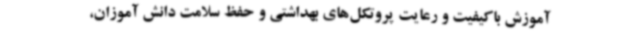
آموزش باکیفیت و رعایت پروتکل‌های بهداشتی و حفظ سلامت دانش آموزان،